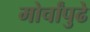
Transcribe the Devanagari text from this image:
मोर्चांपुढे